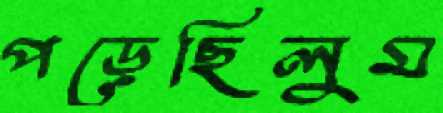
পড়েছিলুম